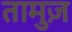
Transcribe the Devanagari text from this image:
तामुज़